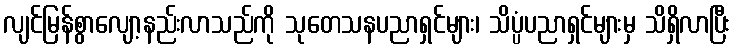
လျင်မြန်စွာလျော့နည်းလာသည်ကို သုတေသနပညာရှင်များ၊ သိပ္ပံပညာရှင်များမှ သိရှိလာပြီး